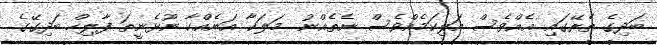
ބަދިގެ ތެރޭގައި އެއްވެސް އަލިކަމެއްވެސް ނެތެއްނު.. މަލަކާ އަނެއްކާ ނޫޅެނީތަ ފާލިހް ބަދިގޭގެ